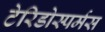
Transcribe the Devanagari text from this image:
टेरिडोस्पर्मस